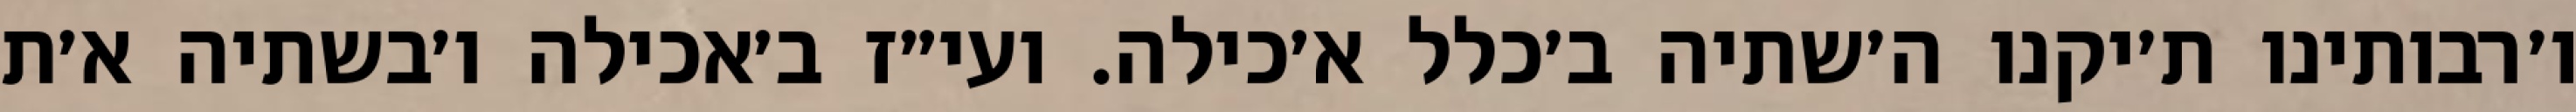
ו׳רבותינו ת׳יקנו ה׳שתיה ב׳כלל א׳כילה. ועי״ז ב׳אכילה ו׳בשתיה א׳ת